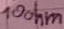
Text: 10ohm